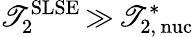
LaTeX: \mathscr{T}_{2}^{\mathrm{{SLSE}}}\, {\gg}\, \mathscr{T}_{\mathrm{{2,\, nuc}}}^{\ast}